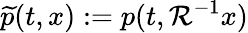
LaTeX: \widetilde p(t,x):=p(t,\mathcal{R}^{-1}x)